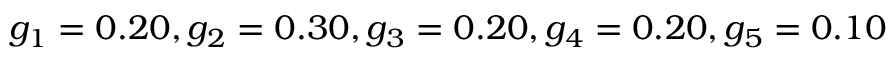
g _ { 1 } = 0 . 2 0 , g _ { 2 } = 0 . 3 0 , g _ { 3 } = 0 . 2 0 , g _ { 4 } = 0 . 2 0 , g _ { 5 } = 0 . 1 0